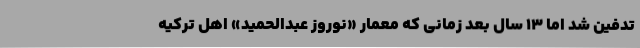
تدفین شد اما 13 سال بعد زمانی که معمار «نوروز عبدالحمید» اهل ترکیه